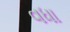
વધા